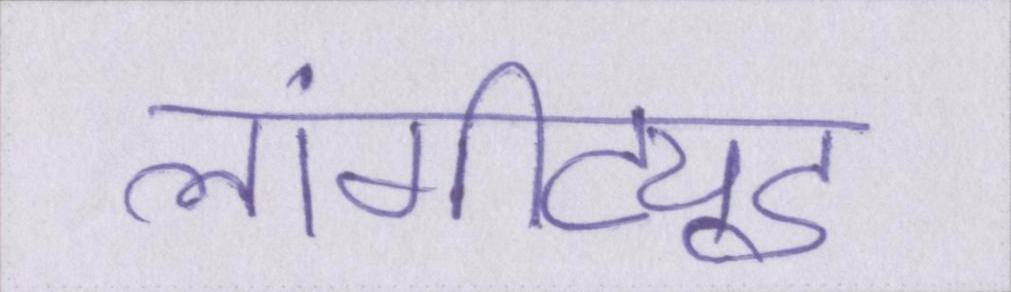
लांगीट्यूड